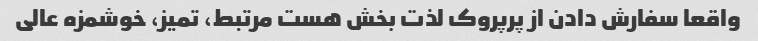
واقعا سفارش دادن از پرپروک لذت بخش هست مرتبط، تمیز، خوشمزه عالی